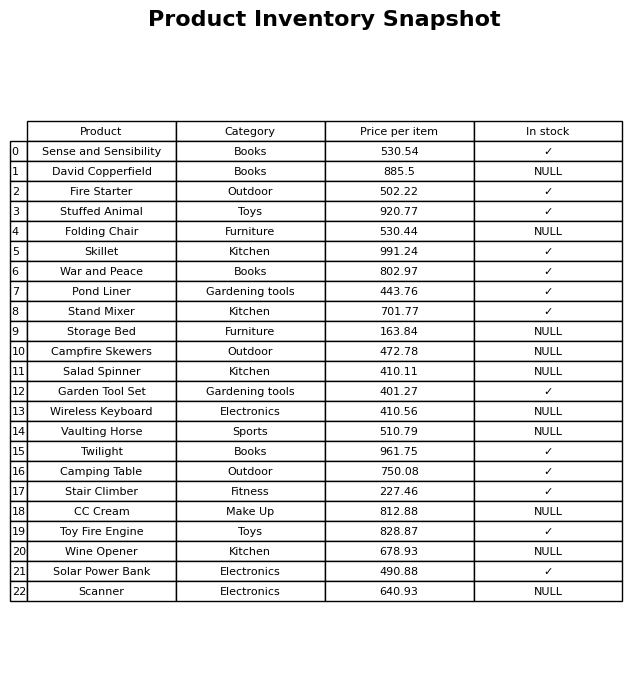
question: What is the price of the Skillet?
answer: The price of Skillet is 991.24.